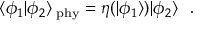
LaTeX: \langle \phi _ { 1 } | \phi _ { 2 } \rangle _ { \mathrm { \tiny ~ p h y } } = \eta ( | \phi _ { 1 } \rangle ) | \phi _ { 2 } \rangle \ \ .